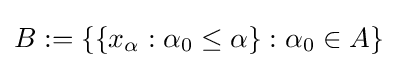
B:=\{\{x_{\alpha }:\alpha _{0}\leq \alpha \}:\alpha _{0}\in A\}